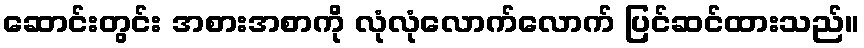
ဆောင်းတွင်း အစားအစာကို လုံလုံလောက်လောက် ပြင်ဆင်ထားသည်။